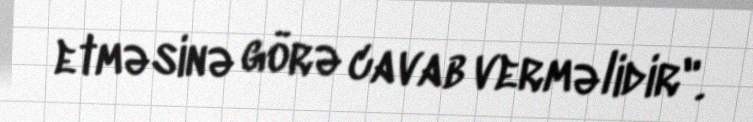
etməsinə görə cavab verməlidir".